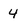
Character: 4